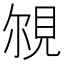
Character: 覙